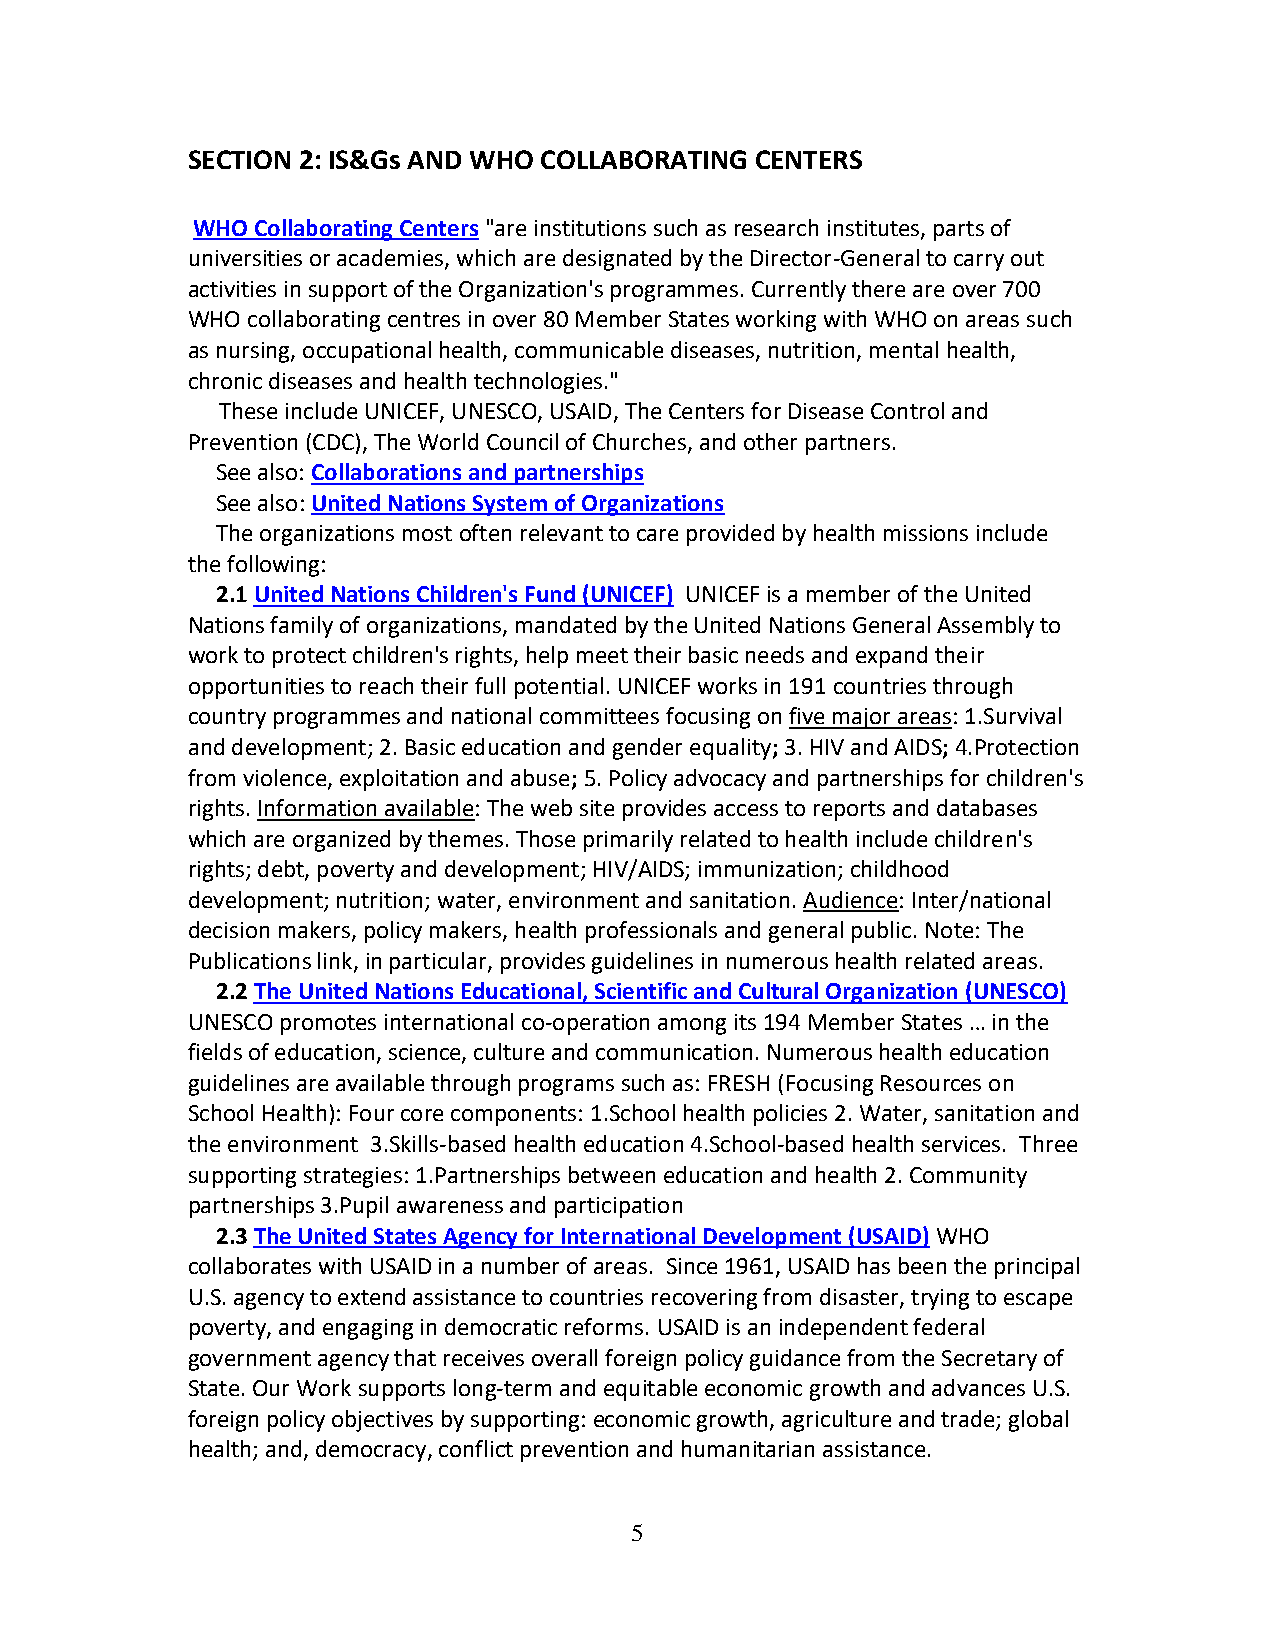
SECTION 2: IS&Gs AND WHO COLLABORATING CENTERS
 WHO Collaborating Centers "are institutions such as research institutes, parts of
 universities or academies, which are designated by the Director-General to carry out
 activities in support of the Organization's programmes. Currently there are over 700
 WHO collaborating centres in over 80 Member States working with WHO on areas such
 as nursing, occupational health, communicable diseases, nutrition, mental health,
 chronic diseases and health technologies."
 These include UNICEF, UNESCO, USAID, The Centers for Disease Control and
 Prevention (CDC), The World Council of Churches, and other partners.
 See also: Collaborations and partnerships
 See also: United Nations System of Organizations
 The organizations most often relevant to care provided by health missions include
 the following:
 2.1 United Nations Children's Fund (UNICEF) UNICEF is a member of the United
 Nations family of organizations, mandated by the United Nations General Assembly to
 work to protect children's rights, help meet their basic needs and expand their
 opportunities to reach their full potential. UNICEF works in 191 countries through
 country programmes and national committees focusing on five major areas: 1.Survival
 and development; 2. Basic education and gender equality; 3. HIV and AIDS; 4.Protection
 from violence, exploitation and abuse; 5. Policy advocacy and partnerships for children's
 rights. Information available: The web site provides access to reports and databases
 which are organized by themes. Those primarily related to health include children's
 rights; debt, poverty and development; HIV/AIDS; immunization; childhood
 development; nutrition; water, environment and sanitation. Audience: Inter/national
 decision makers, policy makers, health professionals and general public. Note: The
 Publications link, in particular, provides guidelines in numerous health related areas.
 2.2 The United Nations Educational, Scientific and Cultural Organization (UNESCO)
 UNESCO promotes international co-operation among its 194 Member States … in the
 fields of education, science, culture and communication. Numerous health education
 guidelines are available through programs such as: FRESH (Focusing Resources on
 School Health): Four core components: 1.School health policies 2. Water, sanitation and
 the environment 3.Skills-based health education 4.School-based health services. Three
 supporting strategies: 1.Partnerships between education and health 2. Community
 partnerships 3.Pupil awareness and participation
 2.3 The United States Agency for International Development (USAID) WHO
 collaborates with USAID in a number of areas. Since 1961, USAID has been the principal
 U.S. agency to extend assistance to countries recovering from disaster, trying to escape
 poverty, and engaging in democratic reforms. USAID is an independent federal
 government agency that receives overall foreign policy guidance from the Secretary of
 State. Our Work supports long-term and equitable economic growth and advances U.S.
 foreign policy objectives by supporting: economic growth, agriculture and trade; global
 health; and, democracy, conflict prevention and humanitarian assistance.
 5